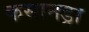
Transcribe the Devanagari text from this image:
कसानड्रा